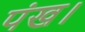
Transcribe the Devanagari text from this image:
पंख।